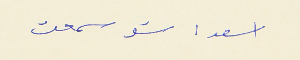
اسعد : شو سمعت